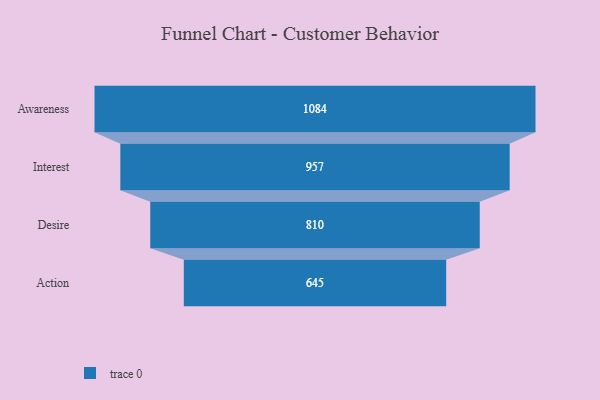
{"axis": {"x": "Stage", "y": "Value"}, "legend": [""], "data": [{"x": "Awareness", "y": 1084.0, "type": ""}, {"x": "Interest", "y": 957.0, "type": ""}, {"x": "Desire", "y": 810.0, "type": ""}, {"x": "Action", "y": 645.0, "type": ""}]}